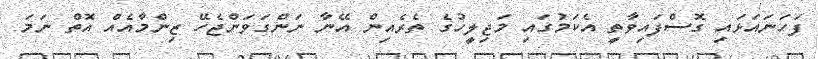
ފަހަނައަޅައި ގޮސްފައިވާތީ އެކަމުގައި މަޖިލީހުގެ ތެރެއިން އޭނާ ނަންގަވަންޖެހޭ ޒިންމާއެއް އޮތް ނަމަ